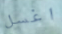
اغسل